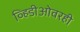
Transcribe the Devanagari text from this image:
व्हिडीओवरही